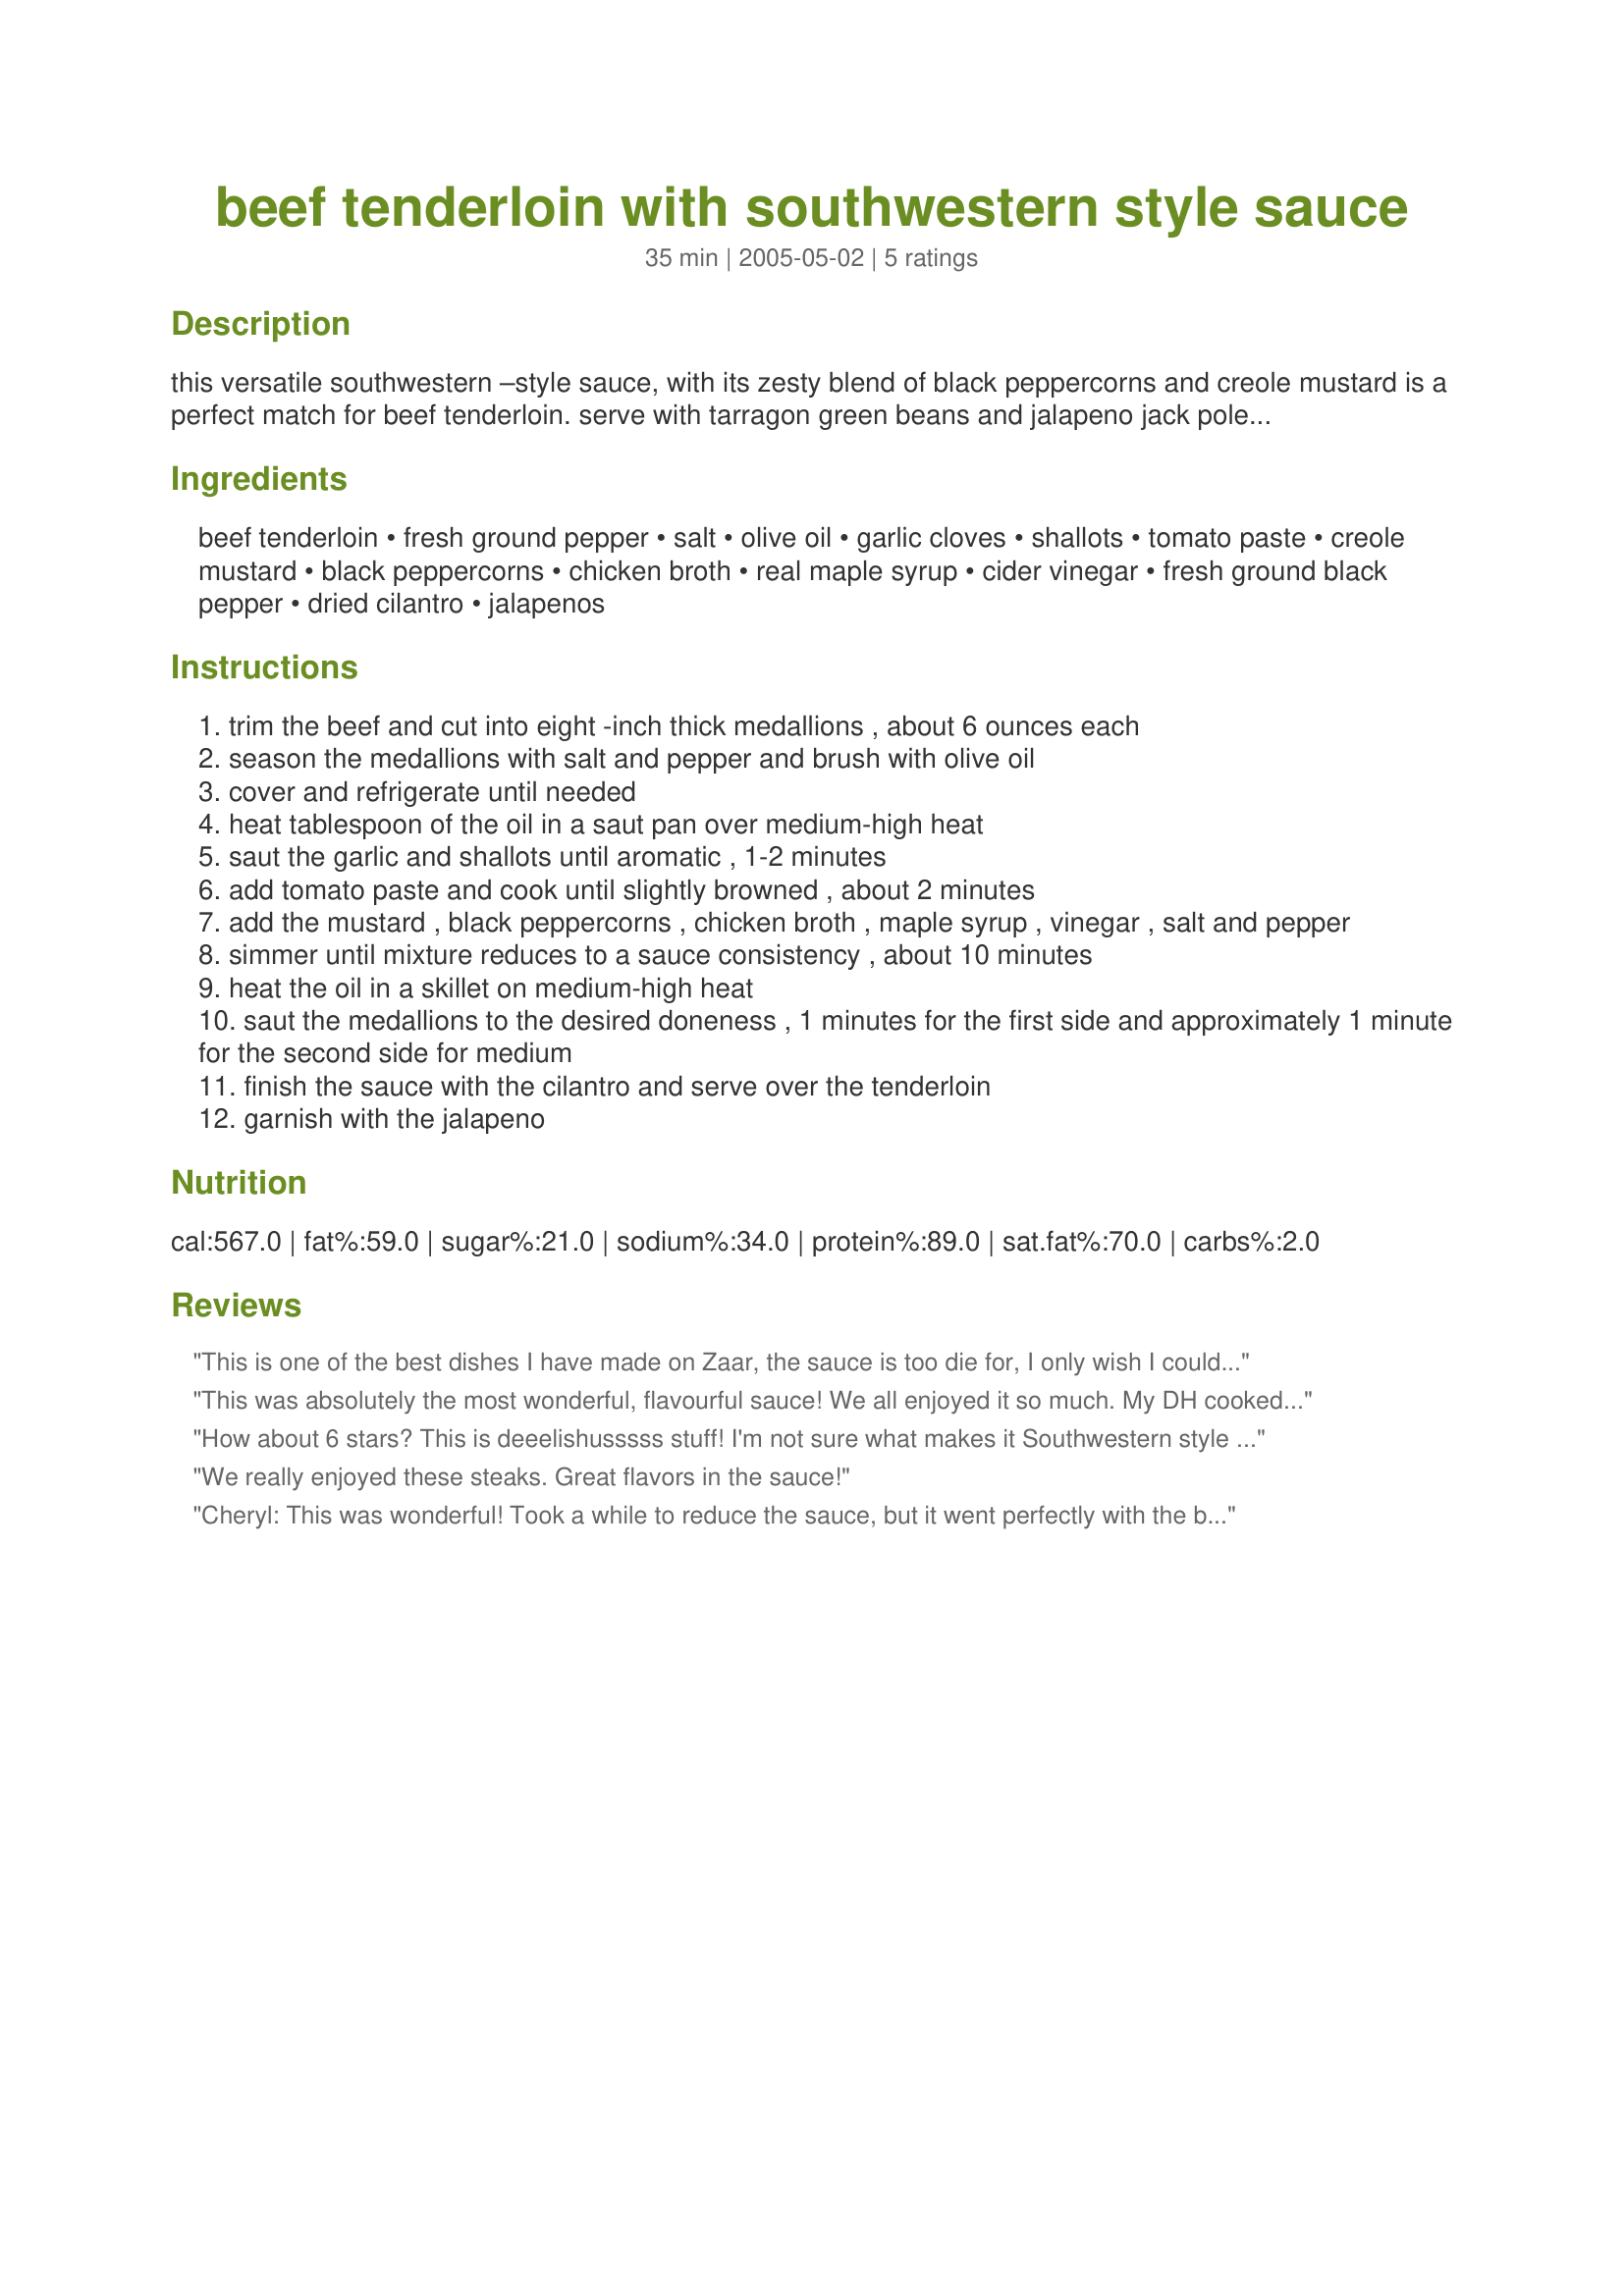
beef tenderloin with southwestern style sauce
Preparation time: 35 minutes

this versatile southwestern –style sauce, with its zesty blend of black peppercorns and creole mustard is a perfect match for beef tenderloin. serve with tarragon green beans and jalapeno jack polenta for a perfect meal.

Ingredients:
beef tenderloin, fresh ground pepper, salt, olive oil, garlic cloves, shallots, tomato paste, creole mustard, black peppercorns, chicken broth, real maple syrup, cider vinegar, fresh ground black pepper, dried cilantro, jalapenos

Steps:
trim the beef and cut into eight -inch thick medallions , about 6 ounces each
season the medallions with salt and pepper and brush with olive oil
cover and refrigerate until needed
heat tablespoon of the oil in a saut pan over medium-high heat
saut the garlic and shallots until aromatic , 1-2 minutes
add tomato paste and cook until slightly browned , about 2 minutes
add the mustard , black peppercorns , chicken broth , maple syrup , vinegar , salt and pepper
simmer until mixture reduces to a sauce consistency , about 10 minutes
heat the oil in a skillet on medium-high heat
saut the medallions to the desired doneness , 1 minutes for the first side and approximately 1 minute for the second side for medium
finish the sauce with the cilantro and serve over the tenderloin
garnish with the jalapeno

Reviews:
This is one of the best dishes I have made on Zaar, the sauce is too die for, I only wish I could rate this much higher! I made axactly as written only I increased all ingredients to serve 6 people (2 large eaters!)... in step #3 I cooked the sauce for about 20 minutes uncovered in place of 10 minutes to reduce.. this is easy to make and huge on taste, I plan om making this with pork cutlets... thanks for a wonderful recipe Cheryl!
This was absolutely the most wonderful, flavourful sauce! We all enjoyed it so much. My DH cooked it with a couple of minor modifications. He grills all his meat, so instead of frying, he grilled the tenderloin. Also, he sort of eyeballed the amount of black peppercorns to our taste. Otherwise he followed the recipe. We had company and they all yelled out "ten stars" after trying this one.
Thanks for a wonderful recipe that will become a regular in our home.
We also think this sauce would be great on chicken.
How about 6 stars? This is deeelishusssss stuff! I'm not sure what makes it Southwestern style or whyto use chicken broth instead of beef broth but it is YUMMY!! ANd being nearly fat free, I will be passingthis on to my mom to seve her cardiac rehab patients. :) DH did wonder if there was a way to thicken it up. Thanks, Cheryl!!
We really enjoyed these steaks. Great flavors in the sauce!
Cheryl: This was wonderful! Took a while to reduce the sauce, but it went perfectly with the beef tenderloin (and red wine)!
Thanks for sharing.
